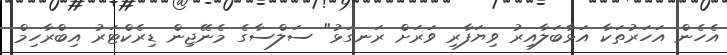
އެހެން އަހަރުތަކާ އަޅާބަލާއިރު ވިޔަފާރި ވަރަށް ރަނގަޅު" ސަލްސާގެ މެނޭޖިން ޑިރެކްޓަރު އިބްރާހިމް